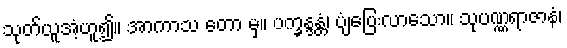
သုတ်ယူအံ့ဟူ၍။ အာကာသ တော မှ။ ပက္ခန္ဒန္တံ၊ ပျံပြေးလာသော။ သုပဏ္ဏရာဇာနံ၊